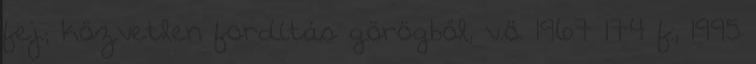
fej.; közvetlen fordítás görögből, v.ö. 1967 174 f., 1995